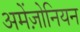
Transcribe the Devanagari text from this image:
अमेंज़ोनियन